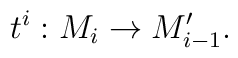
t^i:M_i \rightarrow M'_{i - 1}.